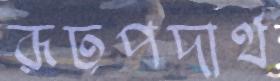
রূঢ়পদার্থ